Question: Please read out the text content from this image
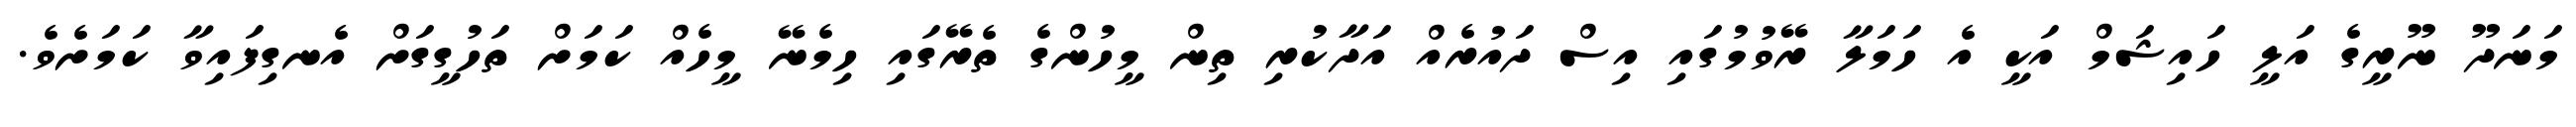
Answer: މަނަދޫ ނޫރީގެ އަލީ ހައިޝަމް އަކީ އެ ހަމަލާ ރޭވުމުގައި އިސް ދައުރެއް އަދާކުރި ތިން މީހުންގެ ތެރޭގައި ހިމެނޭ މީހެއް ކަމަށް ތަހުގީގަށް އެނގިފައިވާ ކަމަށެވެ.